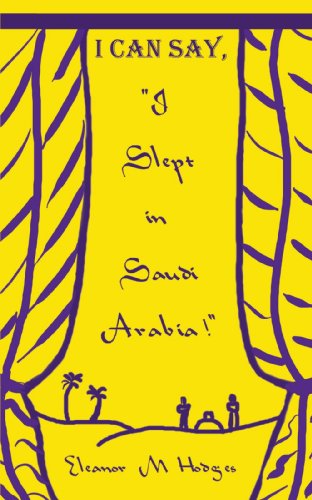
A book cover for I Can Say, "I Slept in Saudi Arabia!"; Eleanor M. Hodges; Travel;